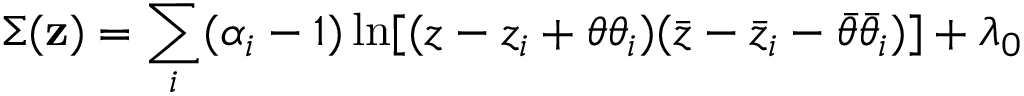
\Sigma ( { \bf z } ) = \sum _ { i } ( \alpha _ { i } - 1 ) \ln [ ( z - z _ { i } + \theta \theta _ { i } ) ( \bar { z } - \bar { z } _ { i } - \bar { \theta } \bar { \theta } _ { i } ) ] + \lambda _ { 0 }